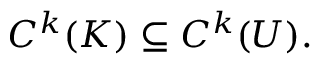
C ^ { k } ( K ) \subseteq C ^ { k } ( U ) .